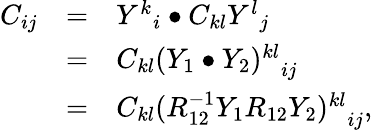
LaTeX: \begin{array}{rcl}{{C_{ij}}}&{{=}}&{{{Y^{k}}_{i}\bullet C_{kl}{Y^{l}}_{j}}}\\ {{}}&{{=}}&{{C_{kl}{(Y_{1}\bullet Y_{2})^{kl}}_{ij}}}\\ {{}}&{{=}}&{{C_{kl}{(R_{12}^{-1}Y_{1}R_{12}Y_{2})^{kl}}_{ij},}}\end{array}